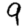
Digit: 9